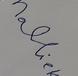
Signature authenticity: forged